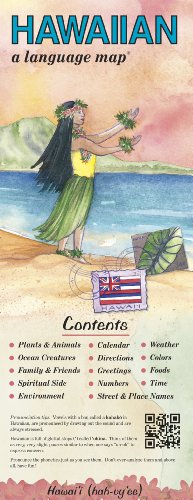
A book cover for HAWAIIAN a language mapÂ®; Kristine K. Kershul; Travel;